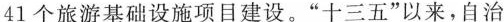
41个旅游基础设施项目建设。”十三五”以来，自治